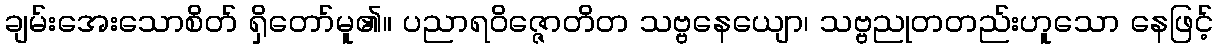
ချမ်းအေးသောစိတ် ရှိတော်မူ၏။ ပညာရဝိဇ္ဇောတိတ သဗ္ဗနေယျော၊ သဗ္ဗညုတတည်းဟူသော နေဖြင့်